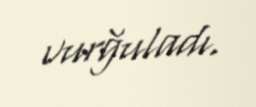
vurğuladı.